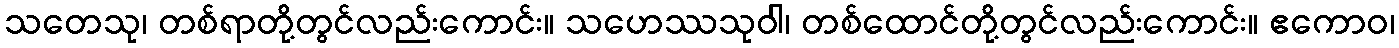
သတေသု၊ တစ်ရာတို့တွင်လည်းကောင်း။ သဟေဿသုဝါ၊ တစ်ထောင်တို့တွင်လည်းကောင်း။ ဧကောဝ၊